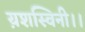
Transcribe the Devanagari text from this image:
य़शस्विनी।।